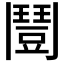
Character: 𩰒